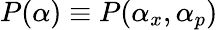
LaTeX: P(\alpha)\equiv P(\alpha_{x},\alpha_{p})